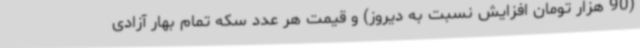
(90 هزار تومان افزایش نسبت به دیروز) و قیمت هر عدد سکه تمام بهار آزادی